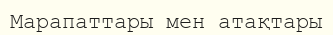
Марапаттары мен атақтары